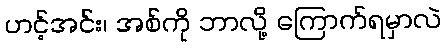
ဟင့်အင်း၊ အစ်ကို ဘာလို့ ကြောက်ရမှာလဲ